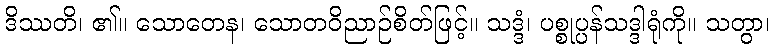
ဒိဿတိ၊ ၏။ သောတေန၊ သောတဝိညာဉ်စိတ်ဖြင့်။ သဒ္ဒံ၊ ပစ္စုပ္ပန်သဒ္ဒါရုံကို။ သတွာ၊